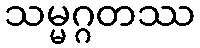
သမ္မဂ္ဂတဿ